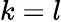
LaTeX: k=l